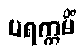
ပရက္ကမိံ